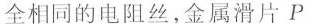
全相同的电阻丝，金属滑片P